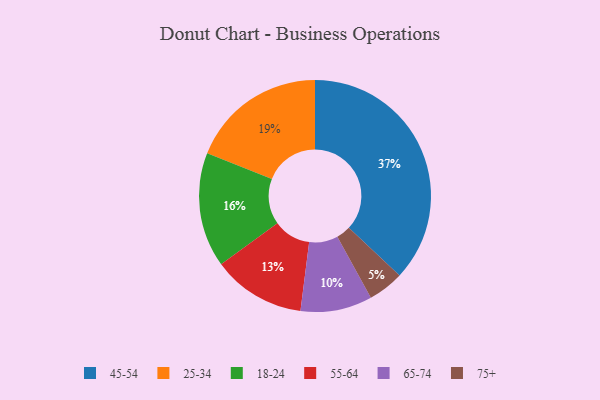
{"axis": {"x": "Category", "y": "Percentage"}, "legend": ["18-24", "25-34", "45-54", "55-64", "65-74", "75+"], "data": [{"x": "75+", "y": 5, "type": "75+"}, {"x": "18-24", "y": 16, "type": "18-24"}, {"x": "55-64", "y": 13, "type": "55-64"}, {"x": "45-54", "y": 37, "type": "45-54"}, {"x": "65-74", "y": 10, "type": "65-74"}, {"x": "25-34", "y": 19, "type": "25-34"}]}